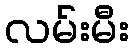
လမ်းမီး